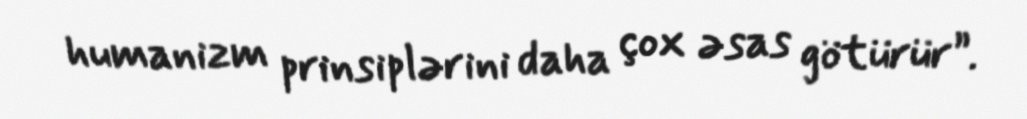
humanizm prinsiplərini daha çox əsas götürür”.